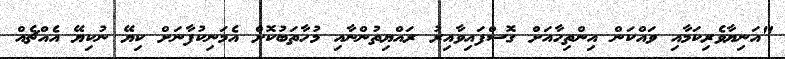
"އަނިޔާވެރިކަމާއި ވައްކަން އިންތިހާއަށް ގޮސްފައިވާއިރު ރައްޔިތުންނާއި މުހާތަބުކޮށް އެމަނިކުފާނަށް ކިޔޭ ނުކިޔޭ އެއްޗެއް